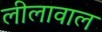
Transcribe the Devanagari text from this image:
लीलावाल